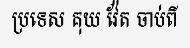
ប្រទេស គុយ វ៉ែត ចាប់ពី